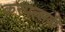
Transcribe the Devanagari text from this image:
करपल्लवी